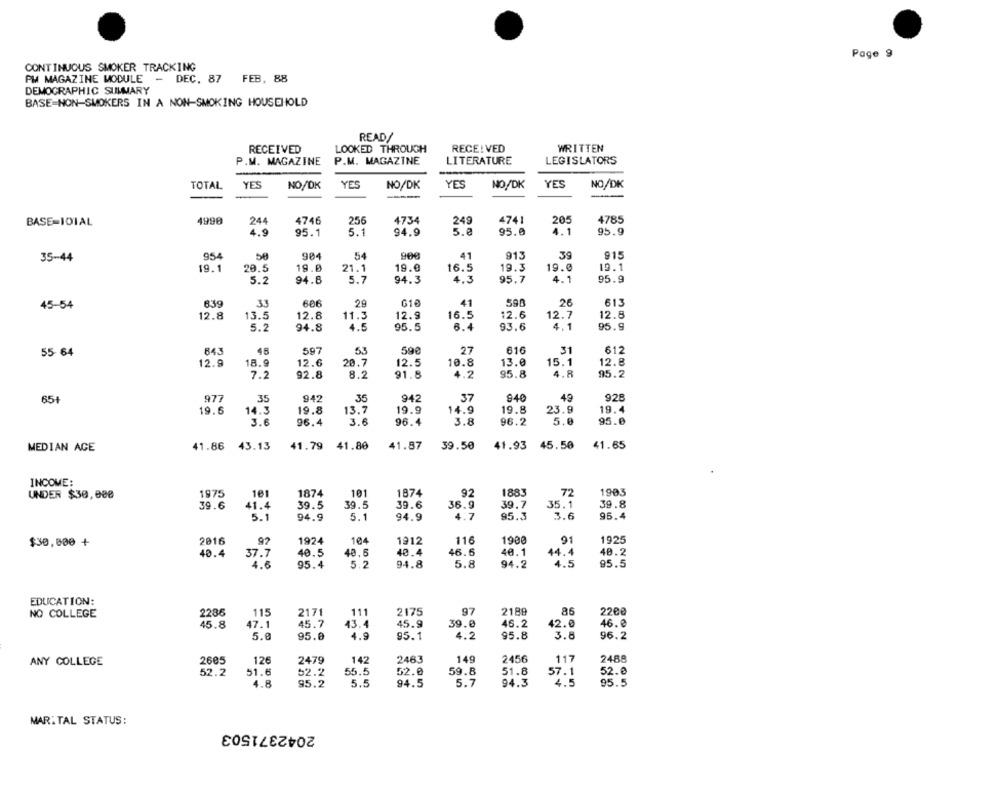
Page 9
CONTINUOUS SMOKER TRACKING
PM MAGAZINE MODULE -
DEC. 87
FEB, 88
DEMOGRAPHIC SUMMARY
BASE-NON-SMOKERS IN A NON-SMOKING HOUSEHOLD
READ/
RECEIVED
LOOKED THROUGH
RECEIVED
WRITTEN
P.M. MAGAZINE
P.M. MAGAZINE
LITERATURE
LEGISLATORS
TOTAL
YES
NO/DK
YES
NO/DK
YES
NO/DK
YES
NO/DK
----
4990
244
4746
256
4734
249
4741
205
4785
BASE-101AL
4.9
95.1
5.1
94.9
5.0
95.0
4.1
95.9
39
915
35-44
954
se
904
54
41
913
19.1
20.5
19.0
21.1
19.0
16.5
19.3
19.0
19.1
5.2
94.8
5.7
94.3
4.3
95.7
4.1
95.9
606
29
590
26
613
45-54
8.39
41
12.8
13.5
11.3
12.9
16.5
12.6
12.8
12.8
12.7
5.2
94.8
4.5
95.5
6.4
93.6
4.1
95.9
27
612
55-64
84.3
597
53
59€
616
31
12.9
18.9
12.6
20.7
12.5
10.8
13.0
15.1
12.8
4.8
95.2
7.2
92.8
8.2
91.8
4.2
95.8
65+
977
35
942
35
942
37
940
49
928
19.6
14.3
19.8
13.7
19.9
14.9
19.8
23.9
19.4
3.6
96.4
3.6
96.4
3.8
96.2
5.0
95.0
MEDIAN AGE
41.86
43.13
41.79
41.80
41.87
39.50
41.93 45.50
41.65
INCOME:
92
UNDER $30,008
1975
181
1874
101
1874
1883
72
1903
39.6
41.4
39.5
39.5
39.6
36.9
39.7
35.1
39.8
5.1
94.9
5.1
94.9
4.7
95.3
3.6
95.4
$30,000 +
2016
1924
104
1912
116
1900
91
1925
40.4
40.5
40,6
40.4
46.6
40.1
44.4
40.2
37.7
4.5
4.6
95.4
5.2
94.8
5.8
94.2
95.5
EDUCATION:
97
86
NO COLLEGE
2286
115
2171
111
2175
2189
2200
45.8
47.1
45.7
43.4
45.9
39.0
46.2
42.0
46.0
5.0
95.0
4.9
95.1
4.2
95.8
3.8
96.2
2488
ANY COLLEGE
2605
126
2479
142
2463
149
2456
117
52.2
51.6
52.2
55.5
52.0
59.8
51.8
57.1
52.0
4.8
95.2
5.5
94.5
5.7
94.3
4.5
95.5
MARITAL STATUS:
2042371503